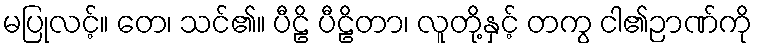
မပြုလင့်။ တေ၊ သင်၏။ ပီဠိ ပီဠိတာ၊ လူတို့နှင့် တကွ ငါ၏ဉာဏ်ကို